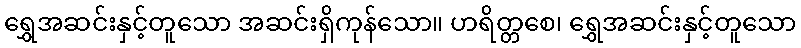
ရွှေအဆင်းနှင့်တူသော အဆင်းရှိကုန်သော။ ဟရိတ္တစေ၊ ရွှေအဆင်းနှင့်တူသော